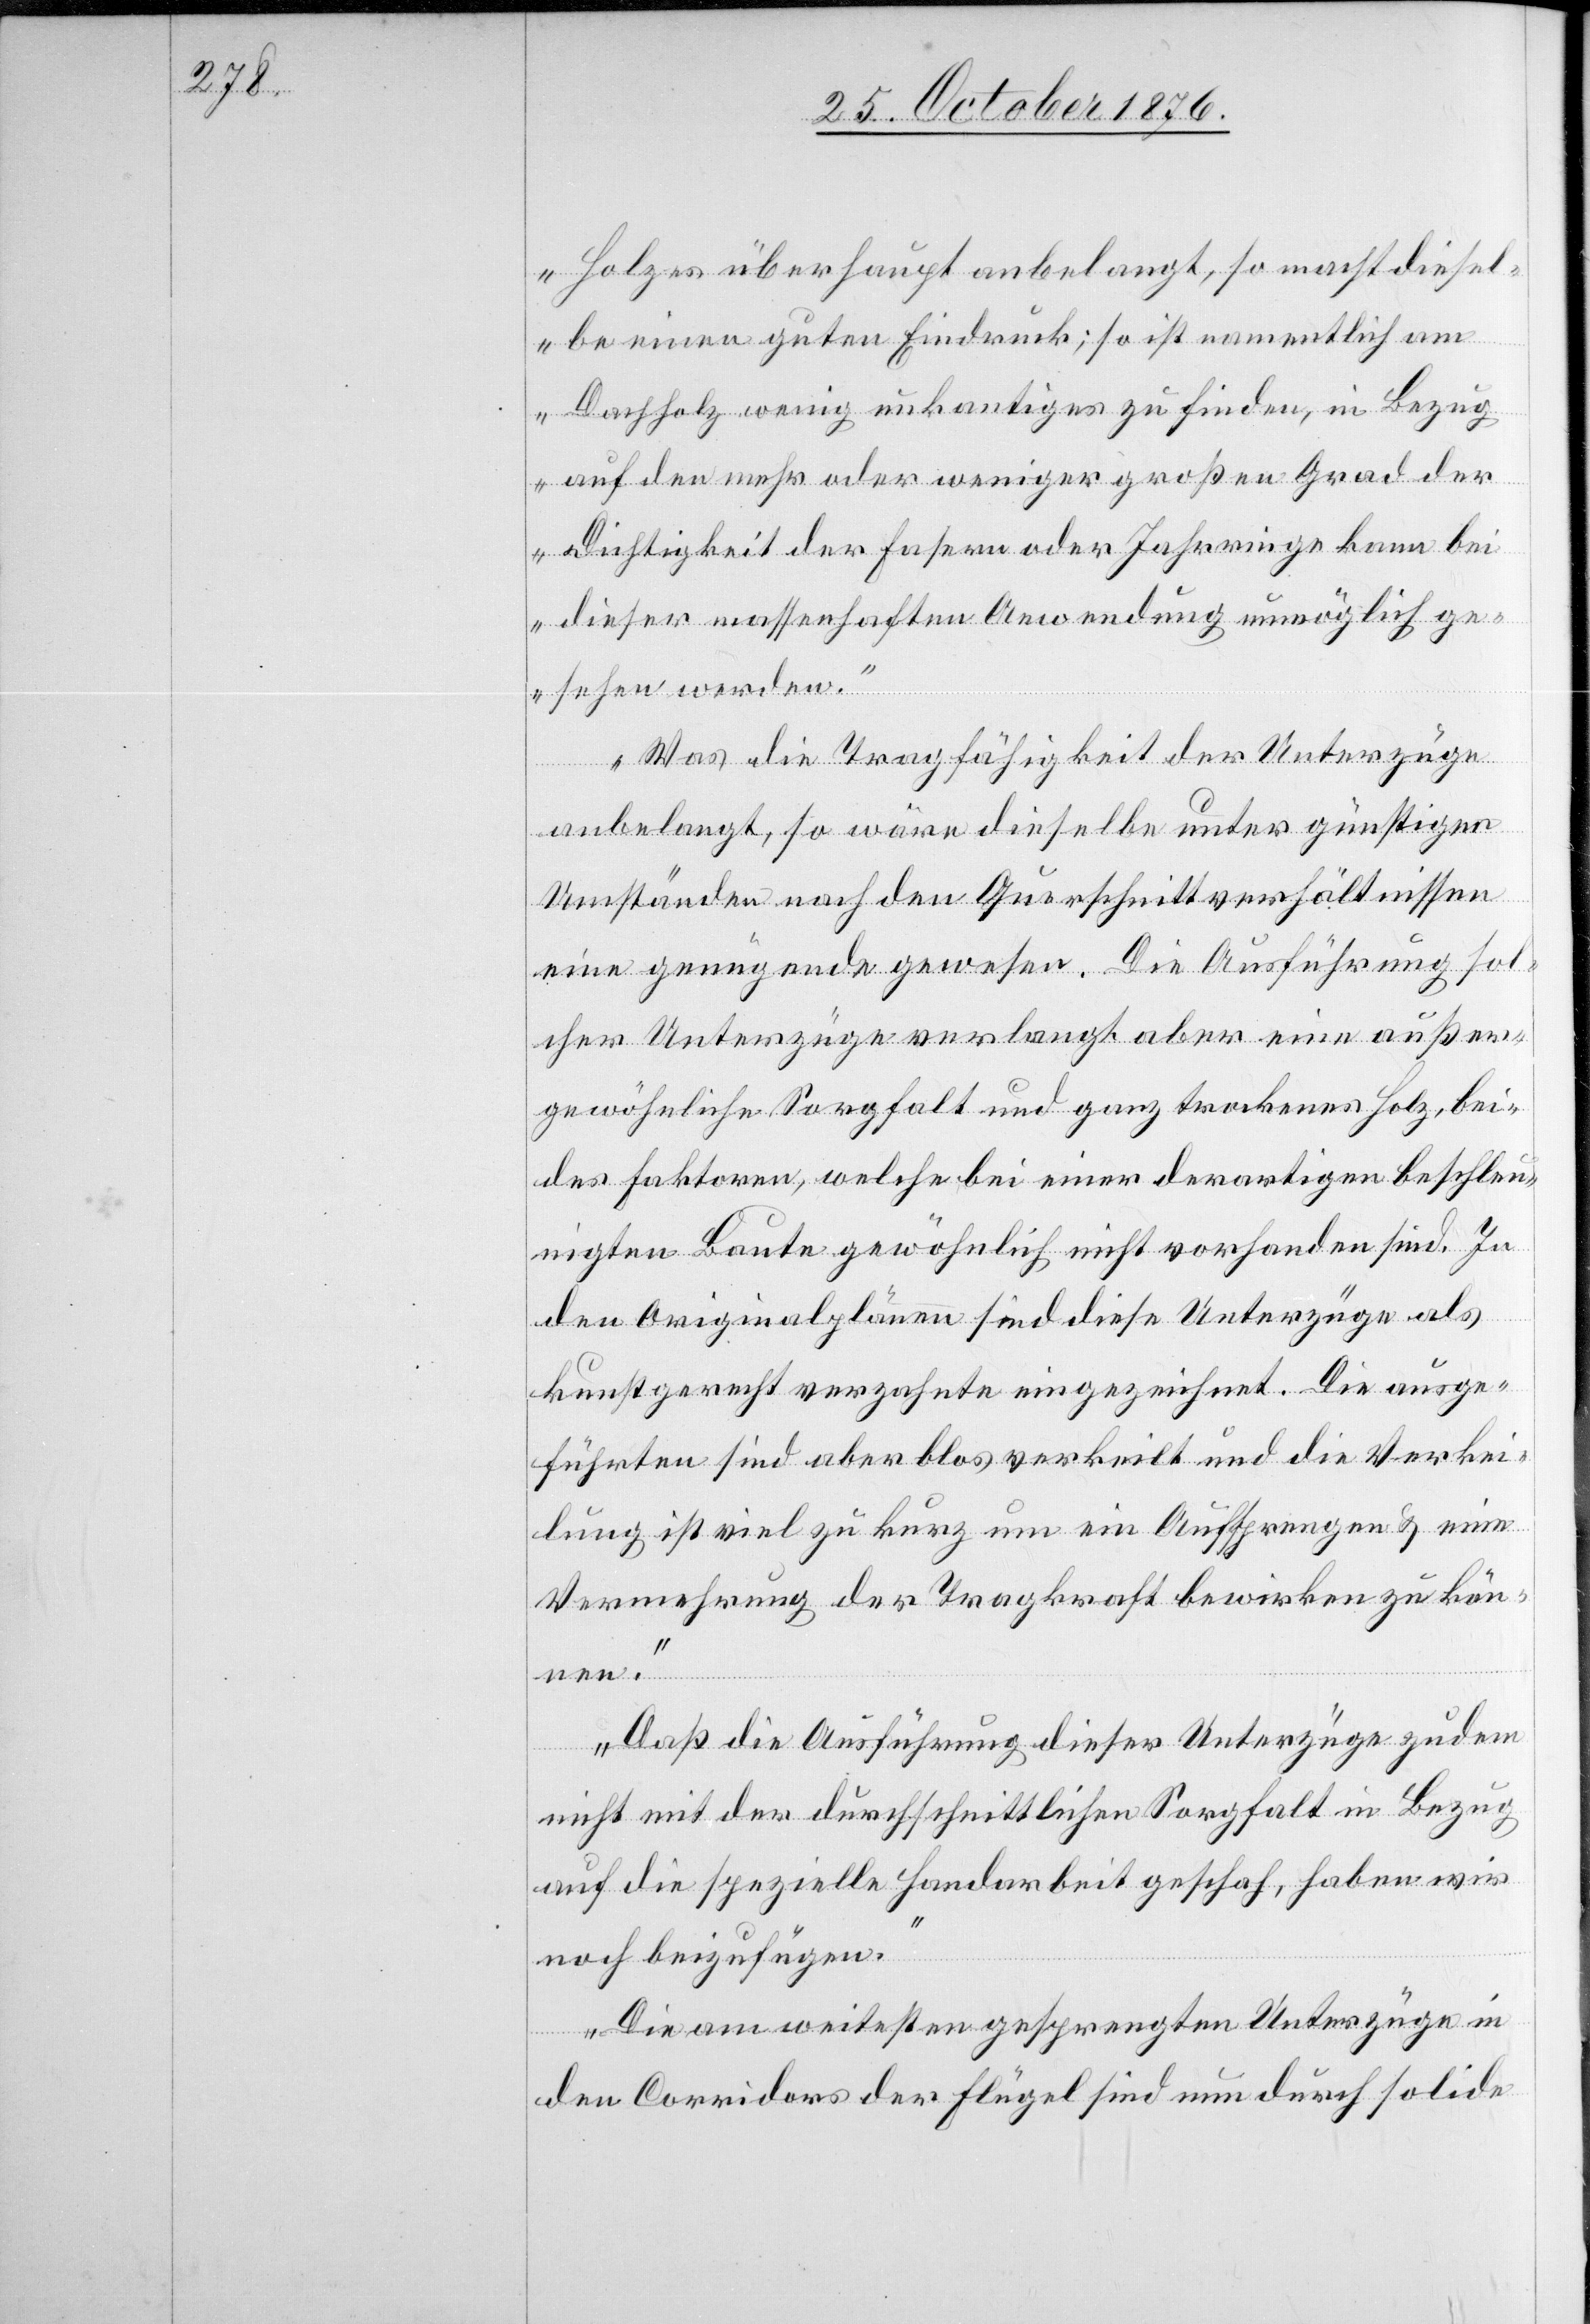
Holzes überhaupt anbelangt, so macht diesel¬
be einen guten Eindruck; so ist namentlich am
Dachholz wenig unkantiges zu finden, in Bezug
auf den mehr oder weniger großen Grad der
Dichtigkeit der Fasern oder Jahrringe kann bei
dieser massenhaften Anwendung unmöglich ge¬
sehen werden.
Was die Tragfähigkeit der Unterzüge
anbelangt, so wäre dieselbe unter günstigen
Umständen nach den Querschnittverhältnissen
eine genügende gewesen. Die Ausführung sol¬
cher Unterzüge verlangt aber eine außer¬
gewöhnliche Sorgfalt und ganz trockenes Holz, bei¬
des Faktoren, welche bei einer derartigen Beschleu¬
nigten Baute gewöhnlich nicht vorhanden sind. In
den Originalplänen sind diese Unterzüge als
kunstgerecht verzahnte eingezeichnet. Die ausge¬
führten sind aber bloß verkeilt und die Verkei¬
lung ist viel zu kurz um ein Aufsprengen & eine
Vermehrung der Tragkraft bewirken zu kön¬
nen.
Daß die Ausführung dieser Unterzüge zudem
nicht mit der durchschnittlichen Sorgfalt in Bezug
auf die spezielle Handarbeit geschah, haben wir
noch beizufügen.“
Die am weitesten gesprengten Unterzüge in
den Corridors der Flügel sind nun durch solide